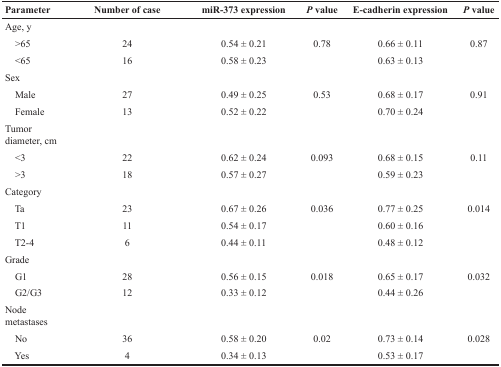
<table><thead><tr><td><b>Parameter</b></td><td><b>Number of case</b></td><td><b>miR-373 expression</b></td><td><b><i>P</i> value</b></td><td><b>E-cadherin expression</b></td><td><b><i>P</i> value</b></td></tr></thead><tbody><tr><td>Age, y</td><td></td><td></td><td></td><td></td><td></td></tr><tr><td> &gt;65</td><td>24</td><td>0.54 ± 0.21</td><td>0.78</td><td>0.66 ± 0.11</td><td>0.87</td></tr><tr><td> &lt;65</td><td>16</td><td>0.58 ± 0.23</td><td></td><td>0.63 ± 0.13</td><td></td></tr><tr><td>Sex</td><td></td><td></td><td></td><td></td><td></td></tr><tr><td> Male</td><td>27</td><td>0.49 ± 0.25</td><td>0.53</td><td>0.68 ± 0.17</td><td>0.91</td></tr><tr><td> Female</td><td>13</td><td>0.52 ± 0.22</td><td></td><td>0.70 ± 0.24</td><td></td></tr><tr><td>Tumor diameter, cm</td><td></td><td></td><td></td><td></td><td></td></tr><tr><td> &lt;3</td><td>22</td><td>0.62 ± 0.24</td><td>0.093</td><td>0.68 ± 0.15</td><td>0.11</td></tr><tr><td> &gt;3</td><td>18</td><td>0.57 ± 0.27</td><td></td><td>0.59 ± 0.23</td><td></td></tr><tr><td>Category</td><td></td><td></td><td></td><td></td><td></td></tr><tr><td> Ta</td><td>23</td><td>0.67 ± 0.26</td><td>0.036</td><td>0.77 ± 0.25</td><td>0.014</td></tr><tr><td> T1</td><td>11</td><td>0.54 ± 0.17</td><td></td><td>0.60 ± 0.16</td><td></td></tr><tr><td> T2-4</td><td>6</td><td>0.44 ± 0.11</td><td></td><td>0.48 ± 0.12</td><td></td></tr><tr><td>Grade</td><td></td><td></td><td></td><td></td><td></td></tr><tr><td> G1</td><td>28</td><td>0.56 ± 0.15</td><td>0.018</td><td>0.65 ± 0.17</td><td>0.032</td></tr><tr><td> G2/G3</td><td>12</td><td>0.33 ± 0.12</td><td></td><td>0.44 ± 0.26</td><td></td></tr><tr><td>Node metastases</td><td></td><td></td><td></td><td></td><td></td></tr><tr><td> No</td><td>36</td><td>0.58 ± 0.20</td><td>0.02</td><td>0.73 ± 0.14</td><td>0.028</td></tr><tr><td> Yes</td><td>4</td><td>0.34 ± 0.13</td><td></td><td>0.53 ± 0.17</td><td></td></tr></tbody></table>